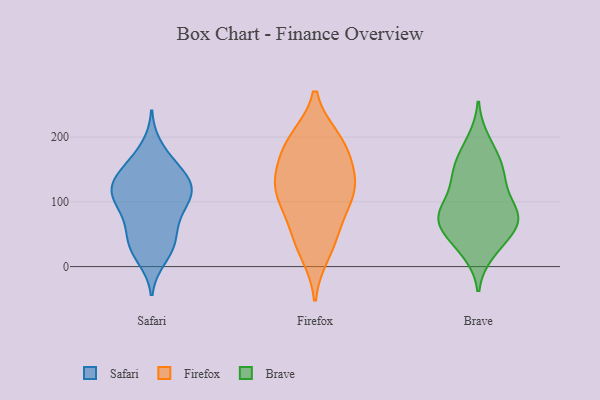
{"axis": {"x": "LTV (USD)", "y": "Value"}, "legend": ["Brave", "Firefox", "Safari"], "data": [{"x": "", "y": 35, "type": "Safari"}, {"x": "", "y": 111, "type": "Safari"}, {"x": "", "y": 70, "type": "Safari"}, {"x": "", "y": 152, "type": "Safari"}, {"x": "", "y": 132, "type": "Safari"}, {"x": "", "y": 34, "type": "Safari"}, {"x": "", "y": 90, "type": "Safari"}, {"x": "", "y": 24, "type": "Safari"}, {"x": "", "y": 116, "type": "Safari"}, {"x": "", "y": 119, "type": "Safari"}, {"x": "", "y": 160, "type": "Safari"}, {"x": "", "y": 13, "type": "Safari"}, {"x": "", "y": 47, "type": "Safari"}, {"x": "", "y": 99, "type": "Safari"}, {"x": "", "y": 148, "type": "Safari"}, {"x": "", "y": 129, "type": "Safari"}, {"x": "", "y": 184, "type": "Safari"}, {"x": "", "y": 123, "type": "Safari"}, {"x": "", "y": 108, "type": "Safari"}, {"x": "", "y": 71, "type": "Safari"}, {"x": "", "y": 43, "type": "Firefox"}, {"x": "", "y": 197, "type": "Firefox"}, {"x": "", "y": 21, "type": "Firefox"}, {"x": "", "y": 191, "type": "Firefox"}, {"x": "", "y": 127, "type": "Firefox"}, {"x": "", "y": 56, "type": "Firefox"}, {"x": "", "y": 106, "type": "Firefox"}, {"x": "", "y": 98, "type": "Firefox"}, {"x": "", "y": 142, "type": "Firefox"}, {"x": "", "y": 167, "type": "Firefox"}, {"x": "", "y": 134, "type": "Firefox"}, {"x": "", "y": 109, "type": "Firefox"}, {"x": "", "y": 194, "type": "Firefox"}, {"x": "", "y": 75, "type": "Brave"}, {"x": "", "y": 136, "type": "Brave"}, {"x": "", "y": 84, "type": "Brave"}, {"x": "", "y": 76, "type": "Brave"}, {"x": "", "y": 194, "type": "Brave"}, {"x": "", "y": 76, "type": "Brave"}, {"x": "", "y": 31, "type": "Brave"}, {"x": "", "y": 69, "type": "Brave"}, {"x": "", "y": 108, "type": "Brave"}, {"x": "", "y": 153, "type": "Brave"}, {"x": "", "y": 46, "type": "Brave"}, {"x": "", "y": 135, "type": "Brave"}, {"x": "", "y": 23, "type": "Brave"}, {"x": "", "y": 150, "type": "Brave"}, {"x": "", "y": 176, "type": "Brave"}, {"x": "", "y": 63, "type": "Brave"}, {"x": "", "y": 84, "type": "Brave"}]}